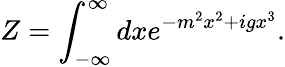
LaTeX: Z=\int_{-\infty}^{\infty}dxe^{-m^{2}x^{2}+igx^{3}}.